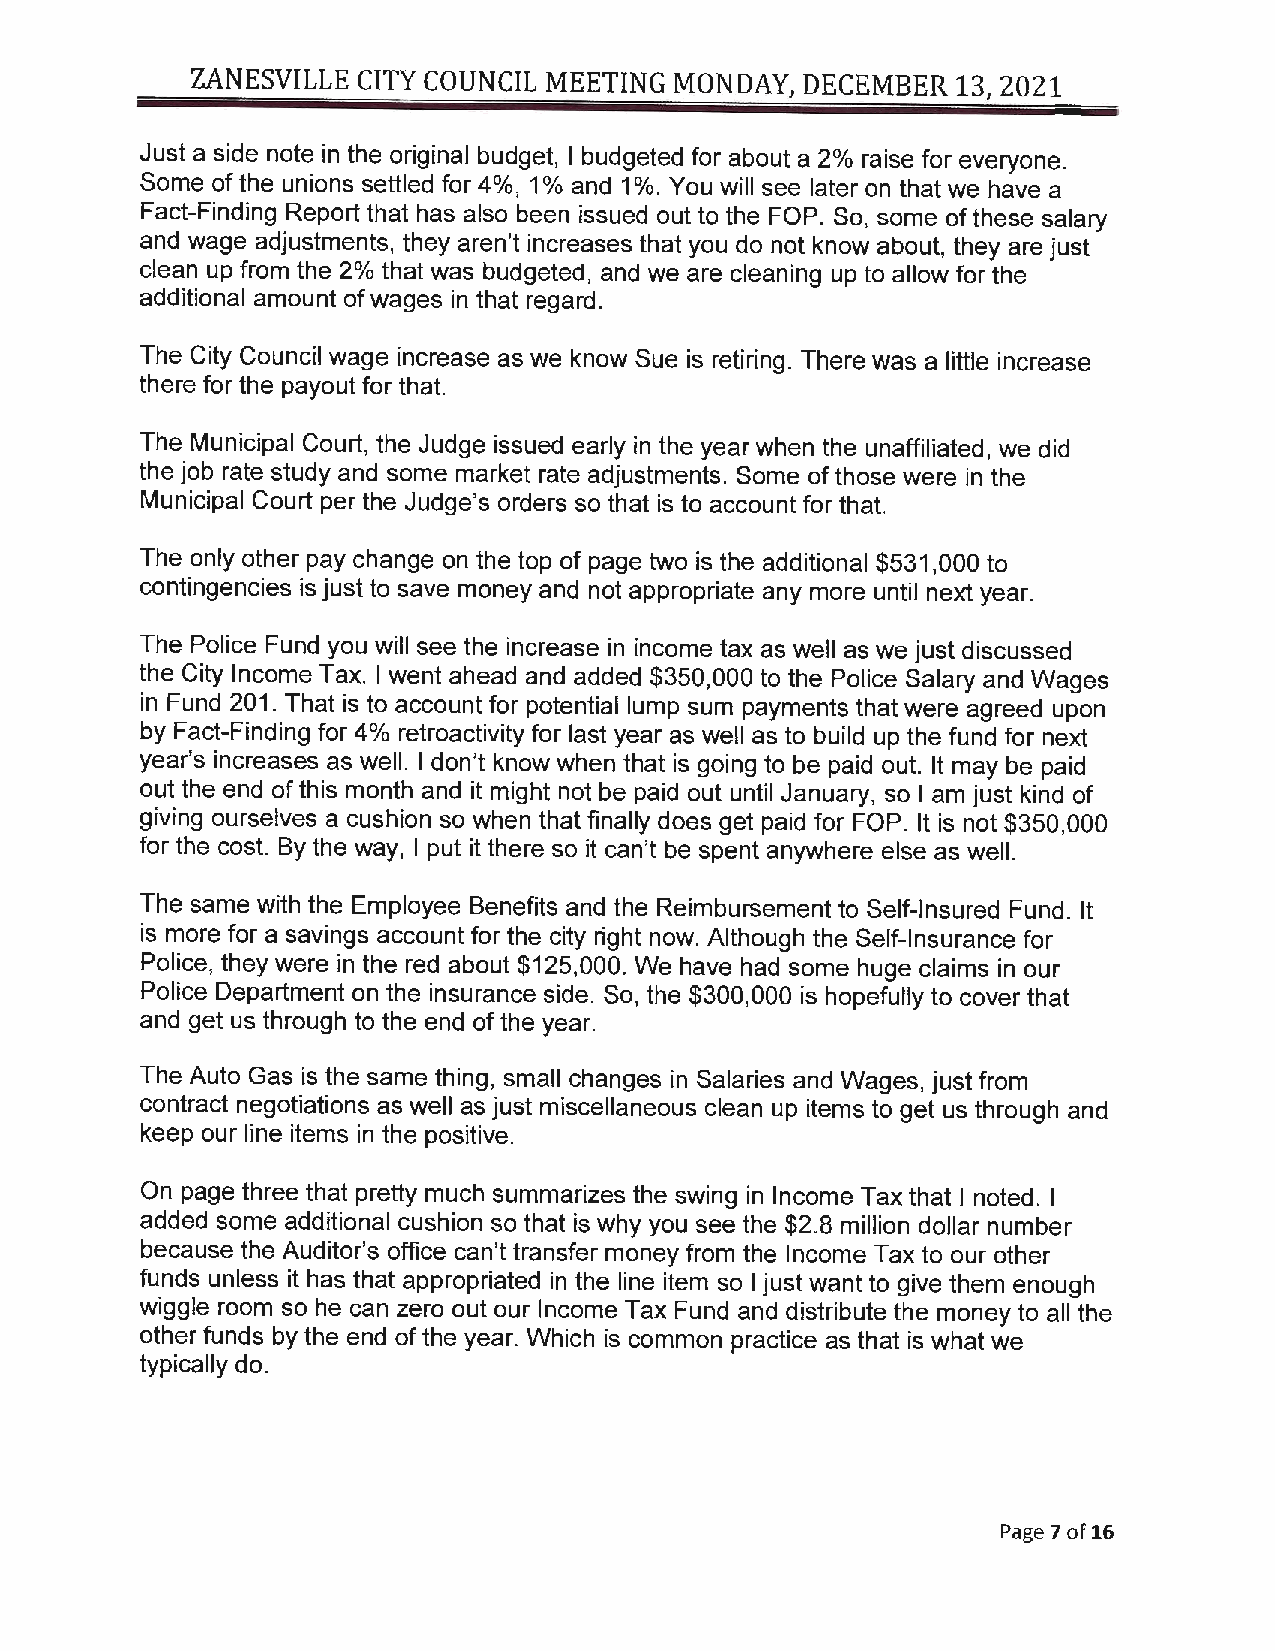
ZANESVILLE CITY COUNCIL MEETING MONDAY, DECEMBER  13, 2021
 Just a side note in the original budget, I budgeted for about a 2% raise for everyone.
 Some of the unions settled for 4%, 1 % and 1% . You will see later on that we have a
 Fact-Finding Report that has also been issued out to the FOP. So, some of these salary
 and wage adjustments, they aren't increases that you do not know about, they are just
 clean up from the 2% that was budgeted, and we are cleaning up to allow for the
 additional amount of wages in that regard.
 The City Council wage increase as we know Sue is retiring. There was a little increase
 there for the payout for that.
 The Municipal Court, the Judge issued early in the year when the unaffiliated, we did
 the job rate study and some market rate adjustments. Some of those were in the
 Municipal Court per the Judge's orders so that is to account for that.
 The only other pay change on the top of page two is the additional $531,000 to
 contingencies is just to save money and not appropriate any more until next year.
 The Police Fund you will see the increase in income tax as well as we just discussed
 the City Income Tax. I went ahead and added $350,000 to the Police Salary and Wages
 in Fund 201. That is to account for potential lump sum payments that were agreed upon
 by Fact-Finding for 4% retroactivity for last year as well as to build up the fund for next
 year's increases as well. I don't know when that is going to be paid out. It may be paid
 out the end of this month and it might not be paid out until January, so I am just kind of
 giving ourselves a cushion so when that finally does get paid for FOP. It is not $350,000
 for the cost. By the way, I put it there so it can't be spent anywhere else as well.
 The same with the Employee Benefits and the Reimbursement to Self-Insured Fund. It
 is more for a savings account for the city right now. Although the Self-Insurance for
 Police, they were in the red about $125,000. We have had some huge claims in our
 Police Department on the insurance side. So, the $300,000 is hopefully to cover that
 and get us through to the end of the year.
 The Auto Gas is the same thing, small changes in Salaries and Wages, just from
 contract negotiations as well as just miscellaneous clean up items to get us through and
 keep our line items in the positive.
 On page three that pretty much summarizes the swing in Income Tax that I noted. I
 added some additional cushion so that is why you see the $2.8 million dollar number
 because the Auditor's office can't transfer money from the Income Tax to our other
 funds unless it has that appropriated in the line item so I just want to give them enough
 wiggle room so he can zero out our Income Tax Fund and distribute the money to all the
 other funds by the end of the year. Which is common practice as that is what we
 typically do.
 Page 7 of 16